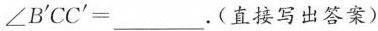
\angle B'CC'=___.（直接写出答案）